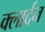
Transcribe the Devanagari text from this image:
क्लार्दन